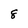
Character: 8